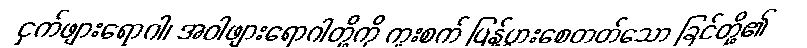
ငှက်ဖျားရောဂါ၊ အဝါဖျားရောဂါတို့ကို ကူးစက် ပြန့်ပွားစေတတ်သော ခြင်တို့၏